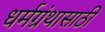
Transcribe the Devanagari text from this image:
धर्मग्रंथासाठी